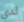
لدي